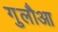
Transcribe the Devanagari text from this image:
गुलौआ